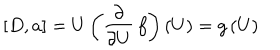
[ D , a ] = U \left( \frac { \partial } { \partial U } \, f \right) ( U ) = g \, ( U )